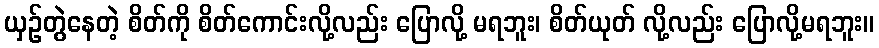
ယှဉ်တွဲနေတဲ့ စိတ်ကို စိတ်ကောင်းလို့လည်း ပြောလို့ မရဘူး၊ စိတ်ယုတ် လို့လည်း ပြောလို့မရဘူး။